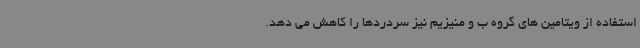
استفاده از ویتامین های گروه ب و منیزیم نیز سردردها را کاهش می دهد.